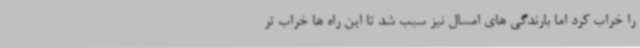
را خراب کرد اما بارندگی های امسال نیز سبب شد تا این راه ها خراب تر